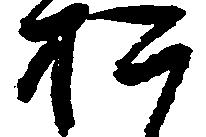
お